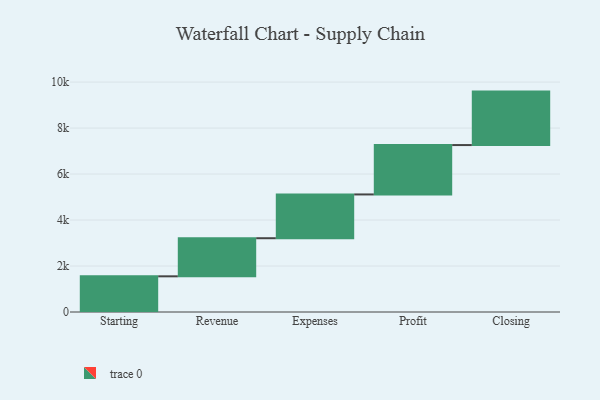
{"axis": {"x": "Step", "y": "Value"}, "legend": [""], "data": [{"x": "Starting", "y": 1552.0, "type": ""}, {"x": "Revenue", "y": 1657.0, "type": ""}, {"x": "Expenses", "y": 1904.0, "type": ""}, {"x": "Profit", "y": 2148.0, "type": ""}, {"x": "Closing", "y": 2325.0, "type": ""}]}